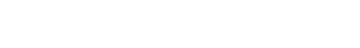
ထို့ကြောင့် အိန်ဂျယ်လ်စ်က အောက်ပါအတိုင်း ရေးခဲ့ပေသည်။